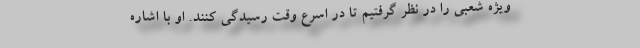
ویژه شعبی را در نظر گرفتیم تا در اسرع وقت رسیدگی کنند. او با اشاره